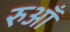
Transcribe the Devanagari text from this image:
रुआँ